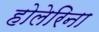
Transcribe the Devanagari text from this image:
होलेरिना